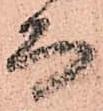
而